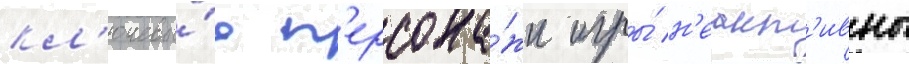
кл'ючевы́е п'ерсона́жи игры́ н'еакт'ивны